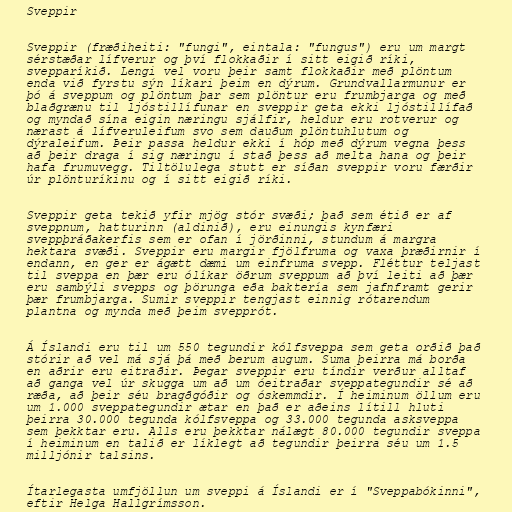
Sveppir

Sveppir (fræðiheiti: "fungi", eintala: "fungus") eru um margt
sérstæðar lífverur og því flokkaðir í sitt eigið ríki,
svepparíkið. Lengi vel voru þeir samt flokkaðir með plöntum
enda við fyrstu sýn líkari þeim en dýrum. Grundvallarmunur er
þó á sveppum og plöntum þar sem plöntur eru frumbjarga og með
blaðgrænu til ljóstillífunar en sveppir geta ekki ljóstillífað
og myndað sína eigin næringu sjálfir, heldur eru rotverur og
nærast á lífveruleifum svo sem dauðum plöntuhlutum og
dýraleifum. Þeir passa heldur ekki í hóp með dýrum vegna þess
að þeir draga í sig næringu í stað þess að melta hana og þeir
hafa frumuvegg. Tiltölulega stutt er síðan sveppir voru færðir
úr plönturíkinu og í sitt eigið ríki.

Sveppir geta tekið yfir mjög stór svæði; það sem étið er af
sveppnum, hatturinn (aldinið), eru einungis kynfæri
sveppþráðakerfis sem er ofan í jörðinni, stundum á margra
hektara svæði. Sveppir eru margir fjölfruma og vaxa þræðirnir í
endann, en ger er ágætt dæmi um einfruma svepp. Fléttur teljast
til sveppa en þær eru ólíkar öðrum sveppum að því leiti að þær
eru sambýli svepps og þörunga eða baktería sem jafnframt gerir
þær frumbjarga. Sumir sveppir tengjast einnig rótarendum
plantna og mynda með þeim svepprót.

Á Íslandi eru til um 550 tegundir kólfsveppa sem geta orðið það
stórir að vel má sjá þá með berum augum. Suma þeirra má borða
en aðrir eru eitraðir. Þegar sveppir eru tíndir verður alltaf
að ganga vel úr skugga um að um óeitraðar sveppategundir sé að
ræða, að þeir séu bragðgóðir og óskemmdir. Í heiminum öllum eru
um 1.000 sveppategundir ætar en það er aðeins lítill hluti
þeirra 30.000 tegunda kólfsveppa og 33.000 tegunda asksveppa
sem þekktar eru. Alls eru þekktar nálægt 80.000 tegundir sveppa
í heiminum en talið er líklegt að tegundir þeirra séu um 1.5
milljónir talsins.

Ítarlegasta umfjöllun um sveppi á Íslandi er í "Sveppabókinni",
eftir Helga Hallgrímsson.